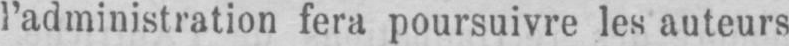
l’administration fera poursuivre les auteurs